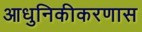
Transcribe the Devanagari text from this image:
आधुनिकीकरणास